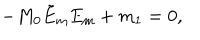
LaTeX: - M _ { 0 } \tilde { E } _ { \mathrm { m } } E _ { \mathrm { m } } + m _ { 1 } = 0 ,